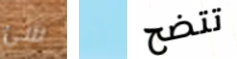
شئ أو تتضح